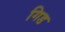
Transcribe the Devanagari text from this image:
गिड